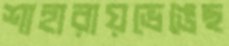
শাহারায়ভেঙেছ